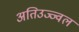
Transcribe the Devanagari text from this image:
अतिउज्ज्वल